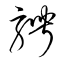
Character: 騁